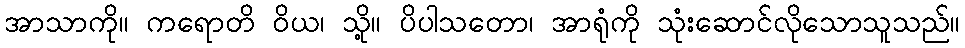
အာသာကို။ ကရောတိ ဝိယ၊ သို့။ ပိပါသတော၊ အာရုံကို သုံးဆောင်လိုသောသူသည်။